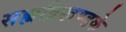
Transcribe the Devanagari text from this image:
सह्यद्रिखण्डके